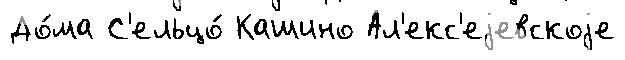
До́ма С'ельцо́ Кашино Ал'екс'еjевскоjе